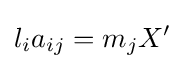
l_{i}a_{ij}=m_{j}X'